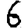
Digit: 6